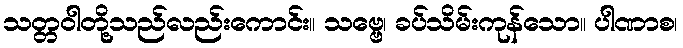
သတ္တဝါတို့သည်လည်းကောင်း။ သဗ္ဗေ၊ ခပ်သိမ်းကုန်သော။ ပါဏာစ၊